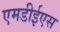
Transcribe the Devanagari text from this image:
एमडीईएस